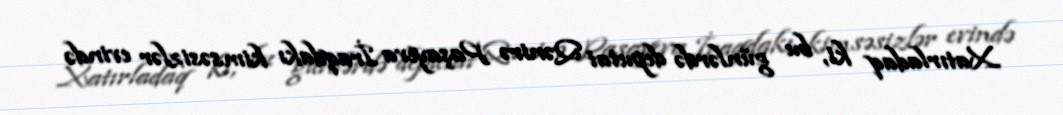
Xatırladaq ki, bu günlərdə deputat Qənirə Paşayeva İraqdakı kimsəsizlər evində